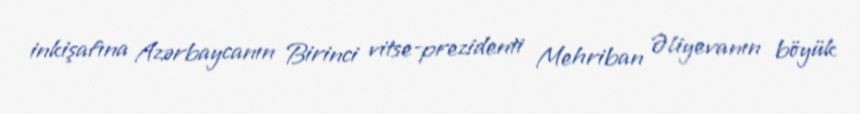
inkişafına Azərbaycanın Birinci vitse-prezidenti Mehriban Əliyevanın böyük